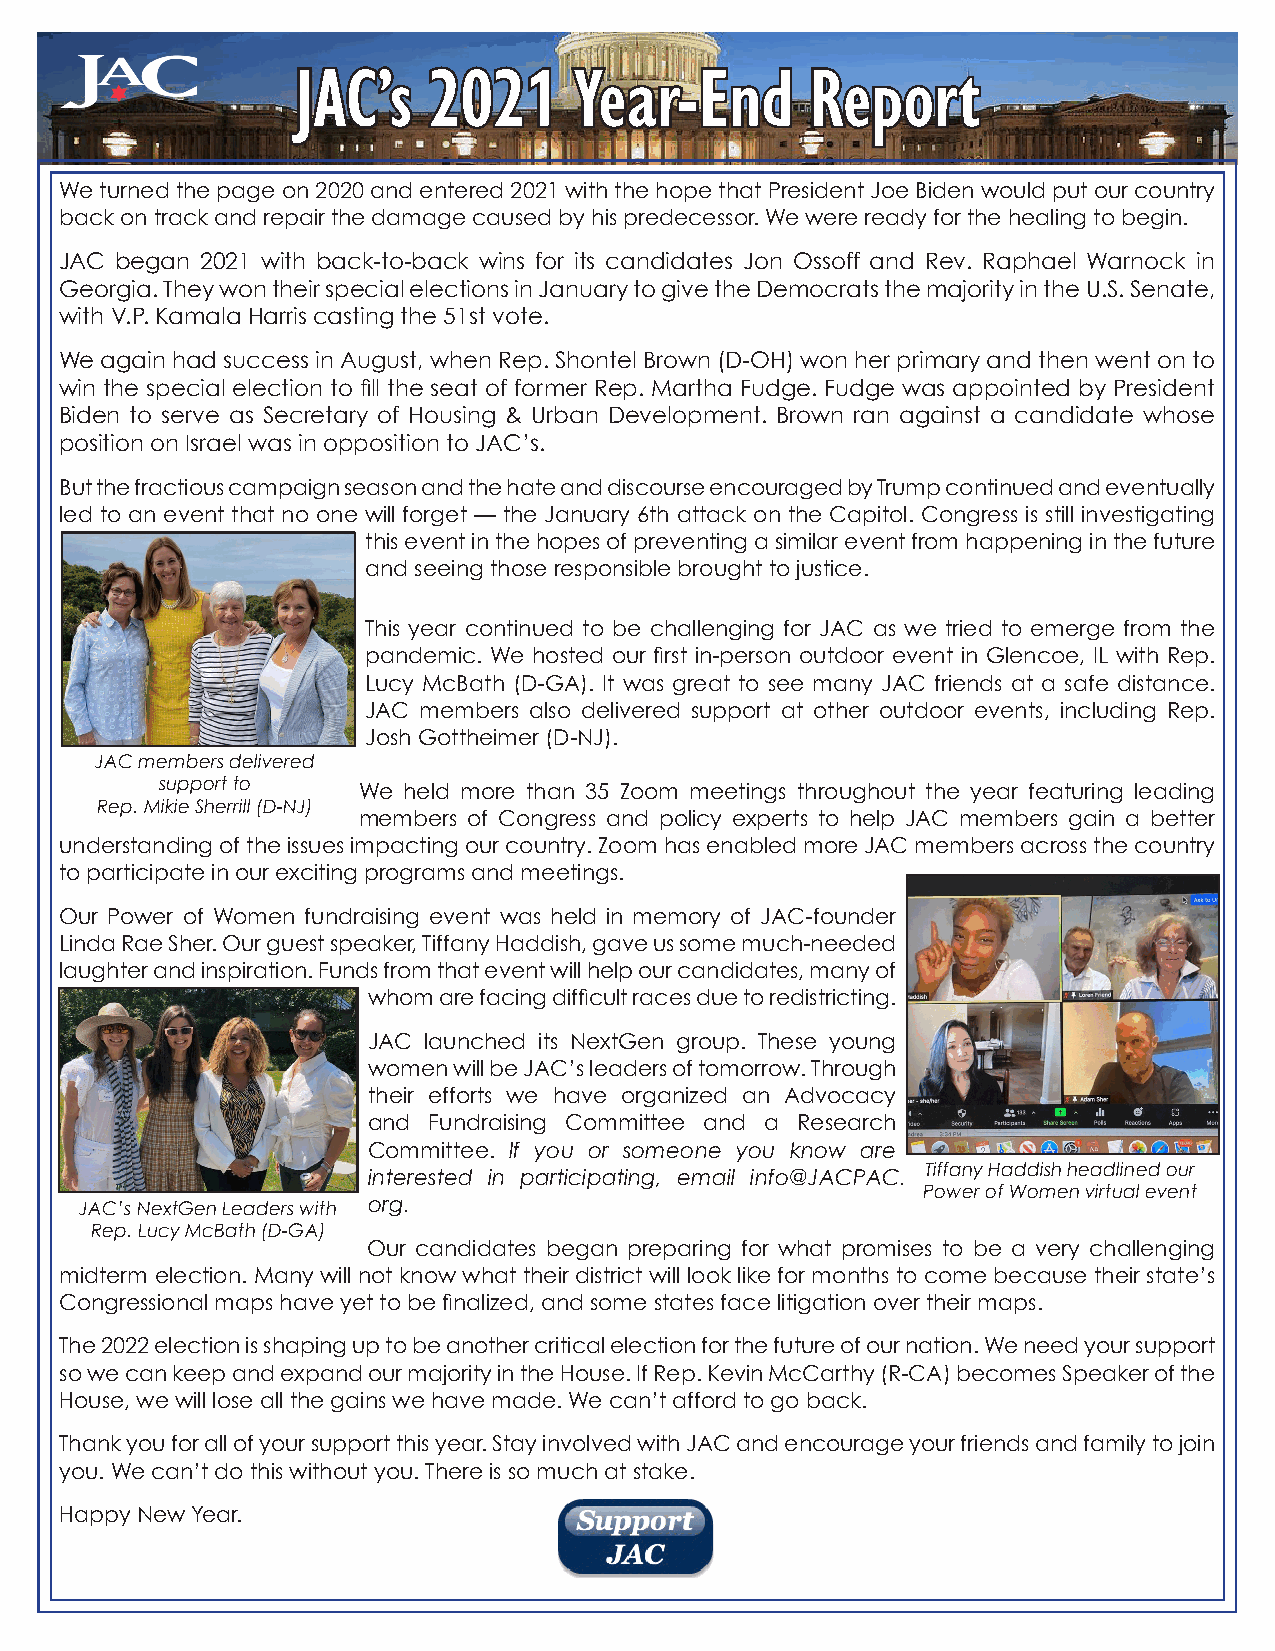
JJAACC’’ss 22002211 YYeeaarr--EEnndd RReeppoorrtt
 We turned the page on 2020 and entered 2021 with the hope that President Joe Biden would put our country
 back on track and repair the damage caused by his predecessor. We were ready for the healing to begin.
 JAC began 2021 with back-to-back wins for its candidates Jon Ossoff and Rev. Raphael Warnock in
 Georgia. They won their special elections in January to give the Democrats the majority in the U.S. Senate,
 with V.P. Kamala Harris casting the 51st vote.
 We again had success in August, when Rep. Shontel Brown (D-OH) won her primary and then went on to
 win the special election to fill the seat of former Rep. Martha Fudge. Fudge was appointed by President
 Biden to serve as Secretary of Housing & Urban Development. Brown ran against a candidate whose
 position on Israel was in opposition to JAC’s.
 But the fractious campaign season and the hate and discourse encouraged by Trump continued and eventually
 led to an event that no one will forget — the January 6th attack on the Capitol. Congress is still investigating
 this event in the hopes of preventing a similar event from happening in the future
 and seeing those responsible brought to justice.
 This year continued to be challenging for JAC as we tried to emerge from the
 pandemic. We hosted our first in-person outdoor event in Glencoe, IL with Rep.
 Lucy McBath (D-GA). It was great to see many JAC friends at a safe distance.
 JAC members also delivered support at other outdoor events, including Rep.
 Josh Gottheimer (D-NJ).
 JAC members delivered
 support to
 We held more than 35 Zoom meetings throughout the year featuring leading
 Rep. Mikie Sherrill (D-NJ)
 members of Congress and policy experts to help JAC members gain a better
 understanding of the issues impacting our country. Zoom has enabled more JAC members across the country
 to participate in our exciting programs and meetings.
 Our Power of Women fundraising event was held in memory of JAC-founder
 Linda Rae Sher. Our guest speaker, Tiffany Haddish, gave us some much-needed
 laughter and inspiration. Funds from that event will help our candidates, many of
 whom are facing difficult races due to redistricting.
 JAC launched its NextGen group. These young
 women will be JAC’s leaders of tomorrow. Through
 their efforts we have organized an Advocacy
 and Fundraising Committee and a Research
 Committee. If you or someone you know are
 Tiffany Haddish headlined our
 interested in participating, email info@JACPAC.
 Power of Women virtual event
 JAC’s NextGen Leaders with org.
 Rep. Lucy McBath (D-GA)
 Our candidates began preparing for what promises to be a very challenging
 midterm election. Many will not know what their district will look like for months to come because their state’s
 Congressional maps have yet to be finalized, and some states face litigation over their maps.
 The 2022 election is shaping up to be another critical election for the future of our nation. We need your support
 so we can keep and expand our majority in the House. If Rep. Kevin McCarthy (R-CA) becomes Speaker of the
 House, we will lose all the gains we have made. We can’t afford to go back.
 Thank you for all of your support this year. Stay involved with JAC and encourage your friends and family to join
 you. We can’t do this without you. There is so much at stake.
 Happy New Year.